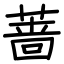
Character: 蔷